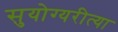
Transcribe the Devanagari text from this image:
सुयोग्यरीत्या